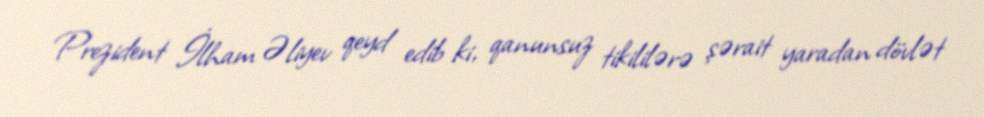
Prezident İlham Əliyev qeyd edib ki, qanunsuz tikililərə şərait yaradan dövlət